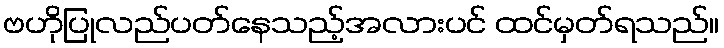
ဗဟိုပြုလည်ပတ်နေသည့်အလားပင် ထင်မှတ်ရသည်။